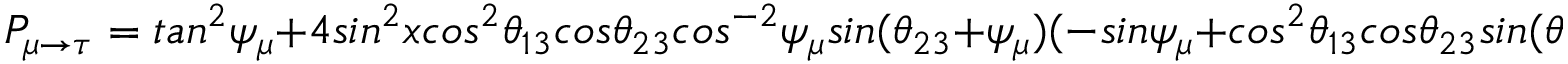
P _ { \mu \rightarrow \tau } = t a n ^ { 2 } \psi _ { \mu } + 4 s i n ^ { 2 } x c o s ^ { 2 } \theta _ { 1 3 } c o s \theta _ { 2 3 } c o s ^ { - 2 } \psi _ { \mu } s i n ( \theta _ { 2 3 } + \psi _ { \mu } ) ( - s i n \psi _ { \mu } + c o s ^ { 2 } \theta _ { 1 3 } c o s \theta _ { 2 3 } s i n ( \theta _ { 2 3 } + \psi _ { \mu } ) ) ,